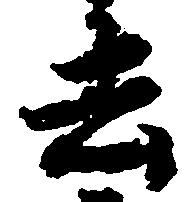
去